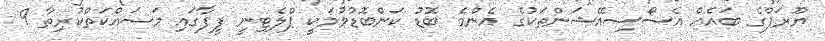
ޔޫރަޕްގެ ބައެއް އެސޯސިއޭޝަންތަކުގެ އެންމެ ބޮޑު ކަންބޮޑުވުމަކީ ޕްލެޓިނީ ފީފާގައި މަސައްކަތްކުރިތާ 9